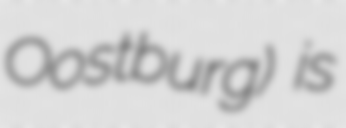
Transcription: Oostburg) is